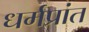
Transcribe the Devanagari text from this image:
धर्मप्रांत